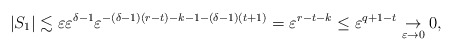
\begin{align*}|S_1|\lesssim \varepsilon\varepsilon^{\delta-1}\varepsilon^{-(\delta-1)(r-t)-k-1-(\delta-1)(t+1)}=\varepsilon^{r-t-k}\leq \varepsilon^{q+1-t}\underset{\varepsilon\to 0}{\to}0,\end{align*}